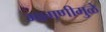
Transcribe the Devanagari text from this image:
मागणीमुळे